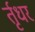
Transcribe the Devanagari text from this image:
र्तृधर